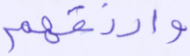
وارزقهم